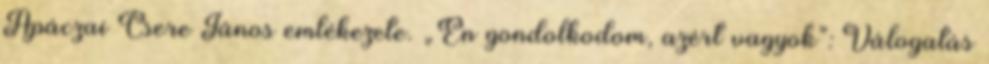
Apáczai Csere János emlékezete. „Én gondolkodom, azért vagyok”: Válogatás